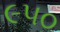
૯૫૦